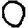
Digit: 0